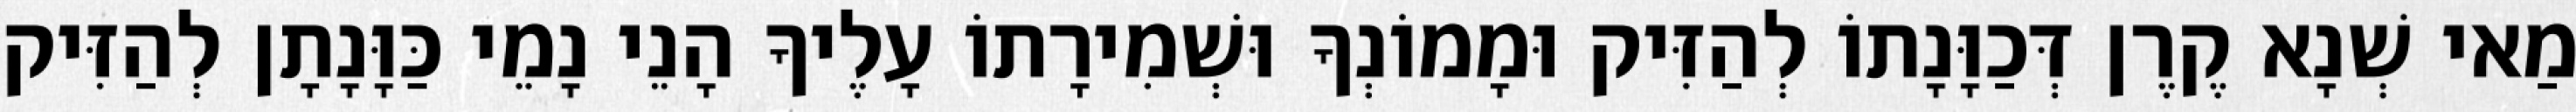
מַאי שְׁנָא קֶרֶן דְּכַוָּנָתוֹ לְהַזִּיק וּמָמוֹנְךָ וּשְׁמִירָתוֹ עָלֶיךָ הָנֵי נָמֵי כַּוָּנָתָן לְהַזִּיק